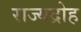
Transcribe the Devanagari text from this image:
राज्यद्रोह